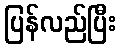
ပြန်လည်ပြီး